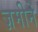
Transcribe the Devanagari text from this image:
ज़मीने